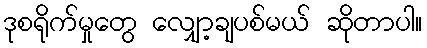
ဒုစရိုက်မှုတွေ လျှော့ချပစ်မယ် ဆိုတာပါ။